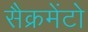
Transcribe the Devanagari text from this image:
सैक्रमेंटो